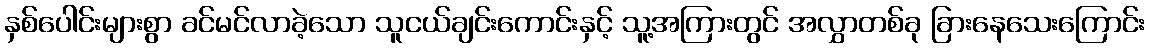
နှစ်ပေါင်းများစွာ ခင်မင်လာခဲ့သော သူငယ်ချင်းကောင်းနှင့် သူ့အကြားတွင် အလွှာတစ်ခု ခြားနေသေးကြောင်း